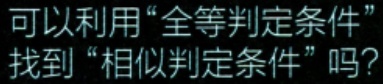
可以利用“全等判定条件”找到“相似判定条件”吗？